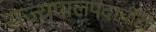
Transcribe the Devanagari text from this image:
राज्यपालपदाचीही